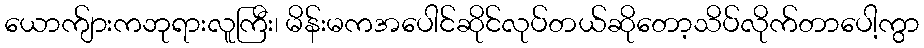
ယောက်ျားကဘုရားလူကြီး၊ မိန်းမကအပေါင်ဆိုင်လုပ်တယ်ဆိုတော့သိပ်လိုက်တာပေါ့ကွာ